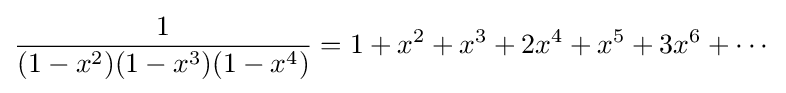
{\frac {1}{(1-x^{2})(1-x^{3})(1-x^{4})}}=1+x^{2}+x^{3}+2x^{4}+x^{5}+3x^{6}+\cdots